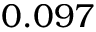
0 . 0 9 7